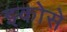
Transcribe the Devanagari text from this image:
इकोसे